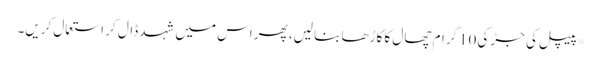
*پیپل کی جڑ کی 10گرام چھال کا کاڑھا بنا لیں، پھر اس میں شہد ڈال کر استعمال کریں۔